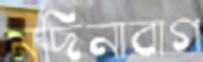
মদিনাবাগ